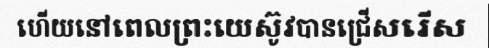
ហើយនៅពេលព្រះយេស៊ូវបានជ្រើសរើស